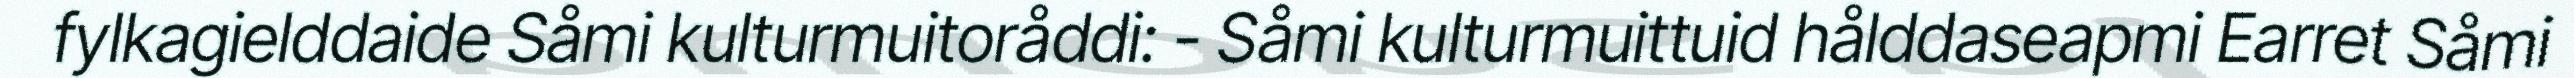
fylkagielddaide Såmi kulturmuitoråddi: - Såmi kulturmuittuid hålddaseapmi Earret Såmi